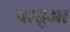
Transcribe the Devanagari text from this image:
पाद्यूआ